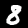
Digit: 8